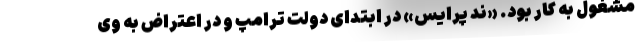
مشغول به کار بود. «ند پرایس» در ابتدای دولت ترامپ و در اعتراض به وی